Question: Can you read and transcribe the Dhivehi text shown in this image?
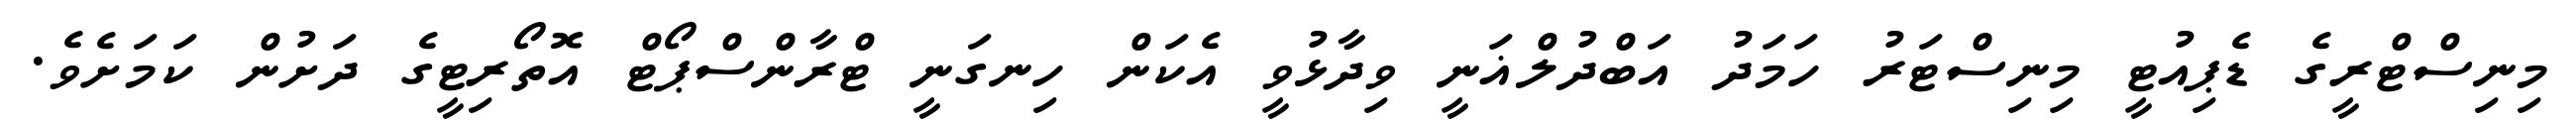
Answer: މިނިސްޓްރީގެ ޑެޕިއުޓީ މިނިސްޓަރު ހަމަދު އަބްދުލްޣަނީ ވިދާޅުވީ އެކަން ހިނގަނީ ޓްރާންސްޕޯޓް އޮތޯރިޓީގެ ދަށުން ކަމަށެވެ.